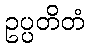
ဥပ္ပတိတံ